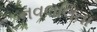
નવલલિતા